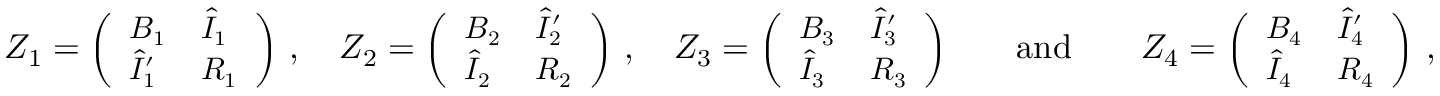
\begin{array} { r } { Z _ { 1 } = { \small \bigg ( \begin{array} { l l } { B _ { 1 } } & { \hat { I } _ { 1 } } \\ { \hat { I } _ { 1 } ^ { \prime } } & { R _ { 1 } } \end{array} \bigg ) } \normalsize \ , \quad Z _ { 2 } = { \small \bigg ( \begin{array} { l l } { B _ { 2 } } & { \hat { I } _ { 2 } ^ { \prime } } \\ { \hat { I } _ { 2 } } & { R _ { 2 } } \end{array} \bigg ) } \normalsize \ , \quad Z _ { 3 } = { \small \bigg ( \begin{array} { l l } { B _ { 3 } } & { \hat { I } _ { 3 } ^ { \prime } } \\ { \hat { I } _ { 3 } } & { R _ { 3 } } \end{array} \bigg ) } \normalsize \qquad \mathrm { a n d } \qquad Z _ { 4 } = { \small \bigg ( \begin{array} { l l } { B _ { 4 } } & { \hat { I } _ { 4 } ^ { \prime } } \\ { \hat { I } _ { 4 } } & { R _ { 4 } } \end{array} \bigg ) } \normalsize \ , } \end{array}